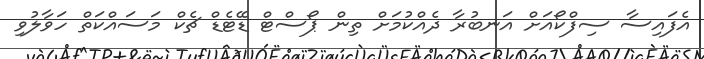
އެފައިސާ ސިފްކޯއަށް އަނބުރާ ދެއްކުމަށް ތިން ޕޯސްޓް ޑޭޓެޑް ޗެކް މަސައްކަތް ހަވާލުވި